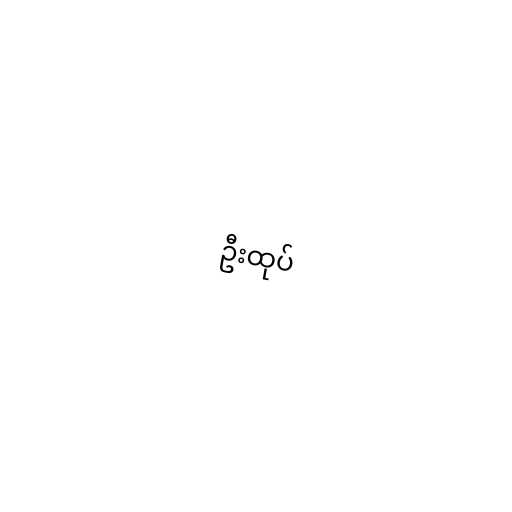
ဦးထုပ်